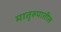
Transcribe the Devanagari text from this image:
मातृरुपातील